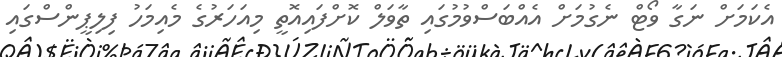
އެކަމަށް ނަގާ ވޯޓް ނެގުމަށް އެއްބަސްވުމުގައި ތާވަލް ކޮށްފައިއޮތީ މިއަހަރުގެ މެއިމަހު ފިލިޕީންސްގައި